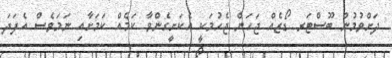
ދަށްވުމުން ބޫސްޓަރ ޑޯޒެއް ޖަހަން ޖެހުމަކީ އެކަށީގެންވާ ކަމެއް ކަމަށާއި ނަމަވެސް އެފަދަ